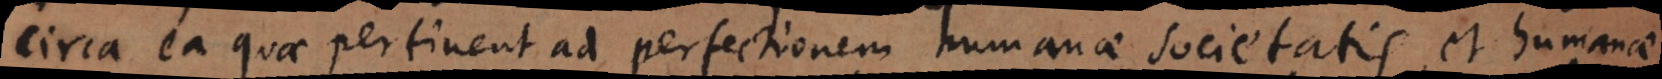
circa ea quae pertinent ad perfectionem humanae societatis, et humanae